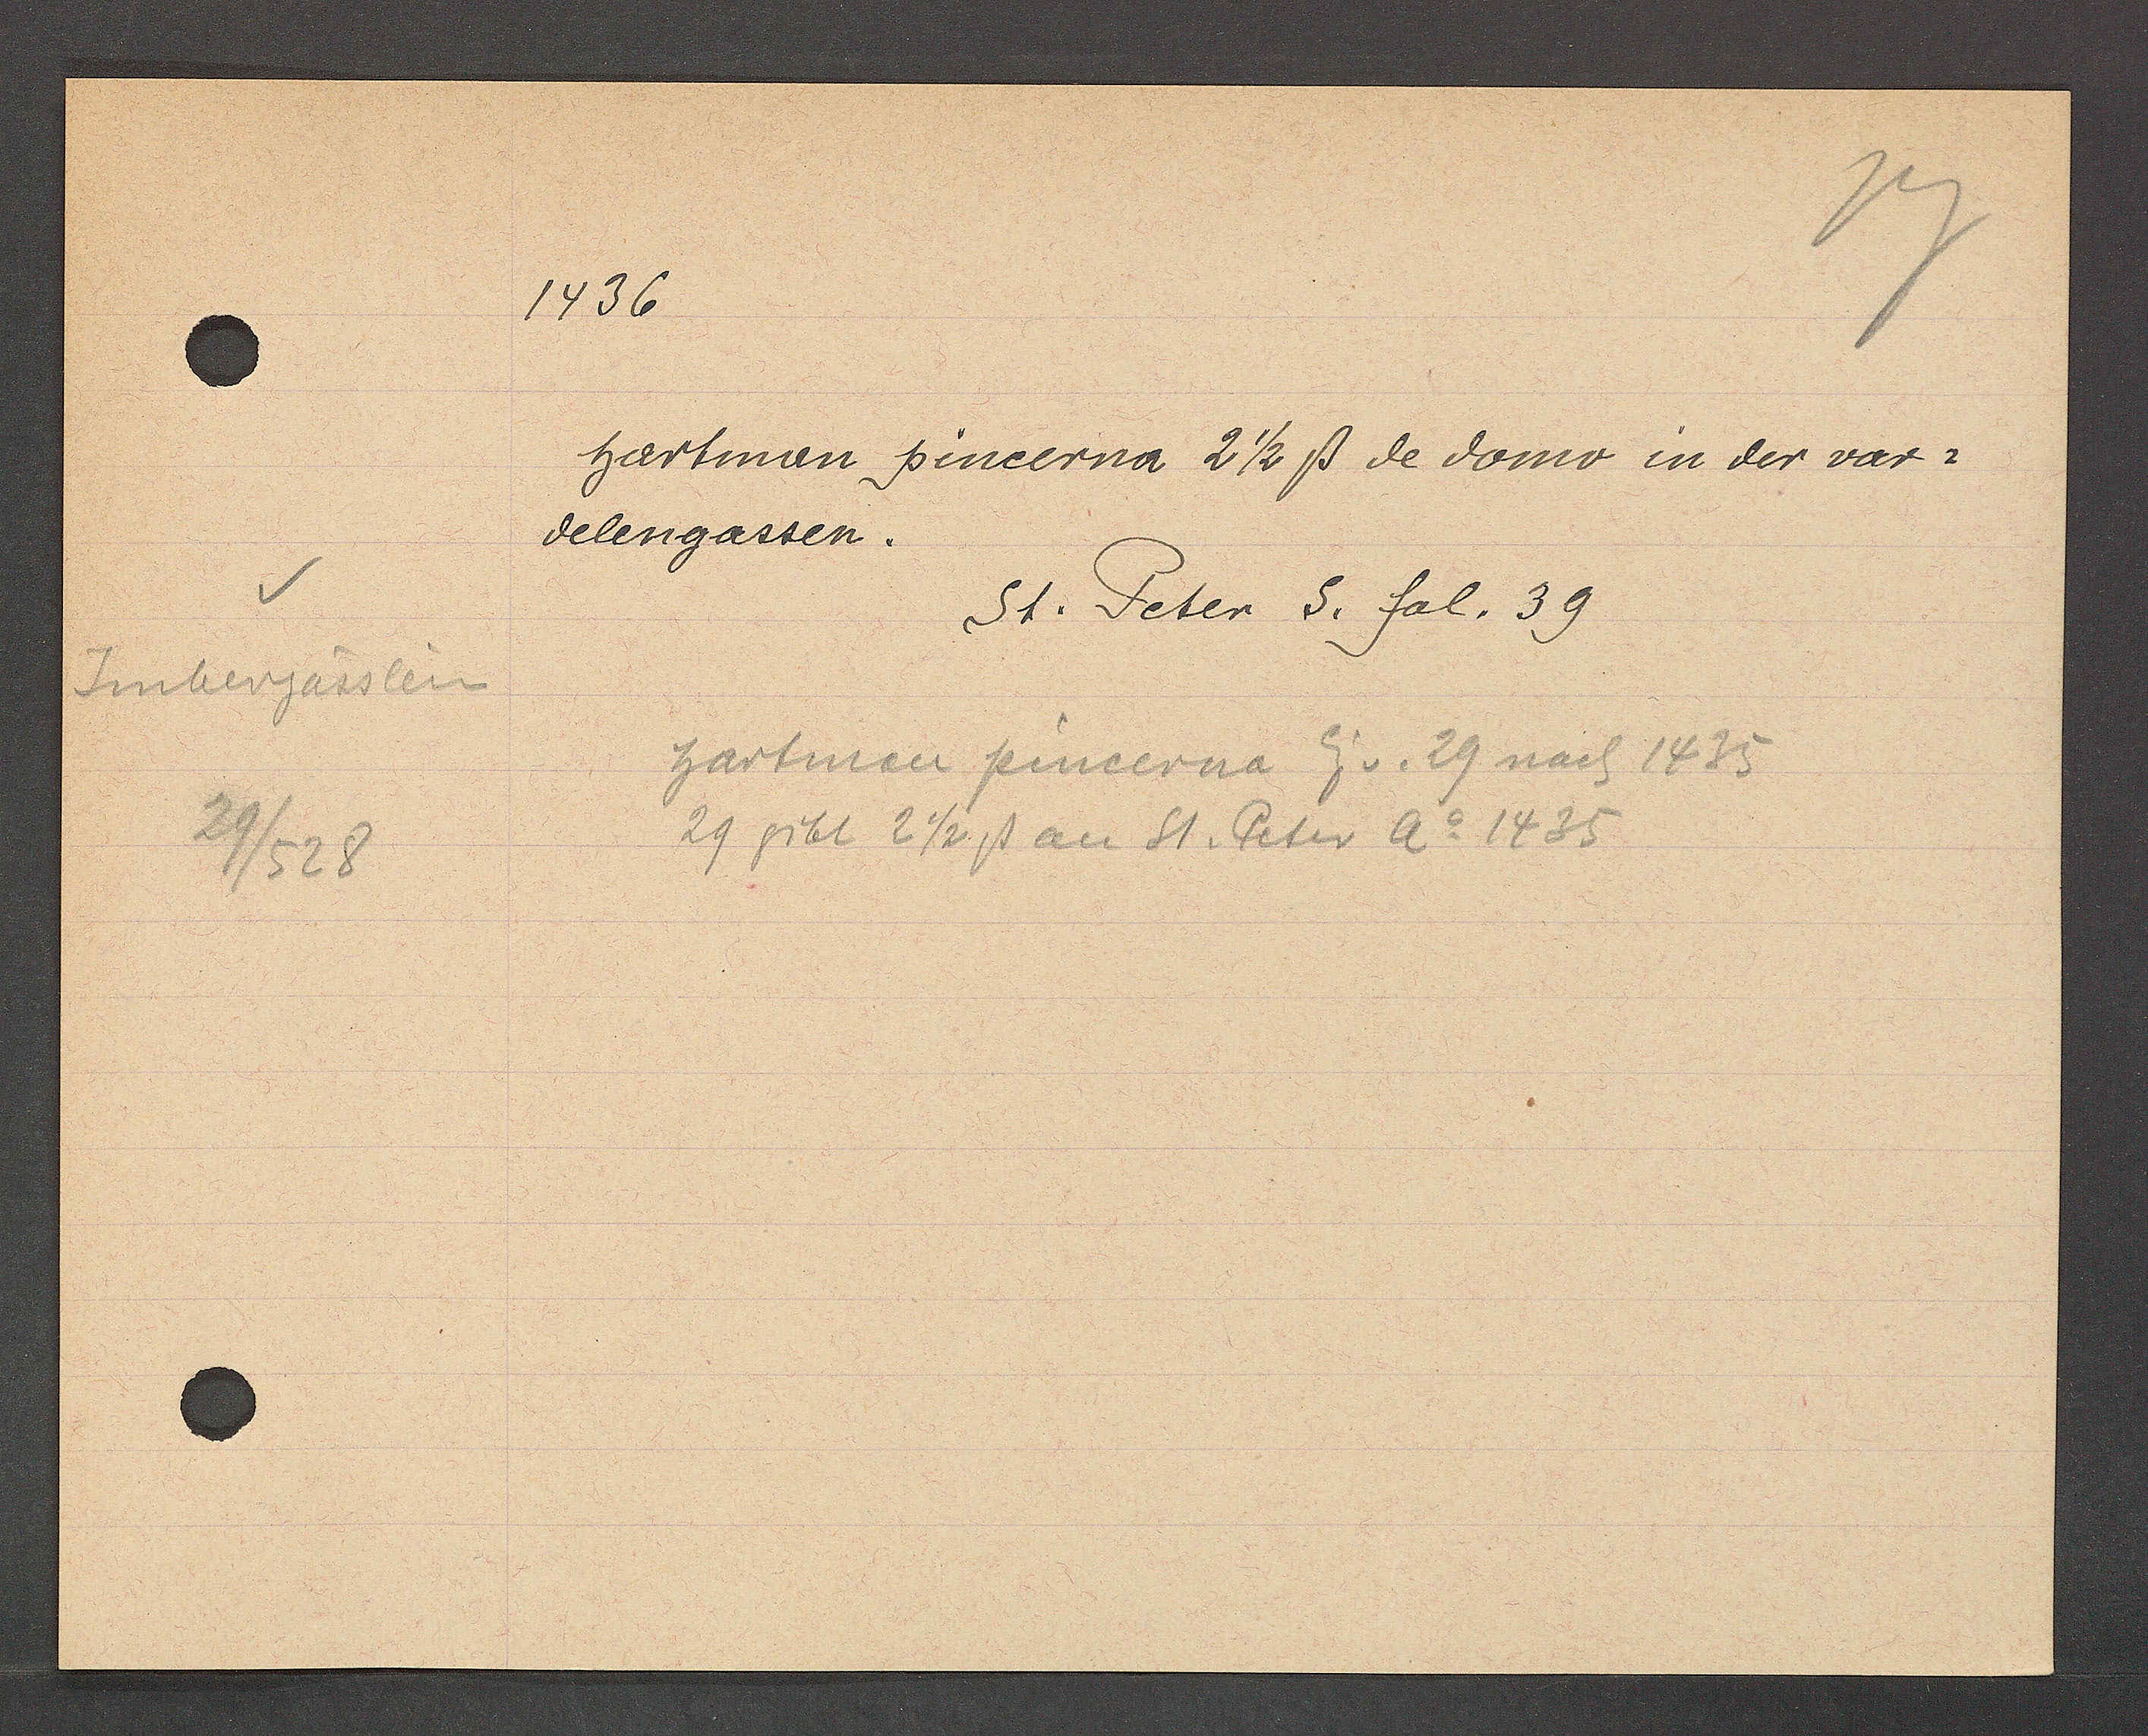
Transcript:
Imbergässlein
29/528

1436

hartman pincerna 2 1/2 ß de domo in der var¬
delengassen.

St. Peter S. fol. 39

hartman pincerna Eig v. 29 nach 1435
29 gibt 2 ½ ß an St. Peter Ao 1435